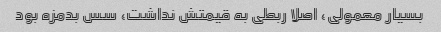
بسیار معمولی، اصلا ربطی به قیمتش نداشت، سس بدمزه بود